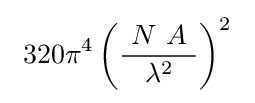
\ 320\pi ^{4}\left({\frac {\ N\ A\ }{\lambda ^{2}}}\right)^{2}\